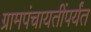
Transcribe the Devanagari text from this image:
ग्रामपंचायतींपर्यंत